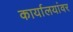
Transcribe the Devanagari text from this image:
कार्यालयांवर